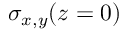
\sigma _ { x , y } ( z = 0 )